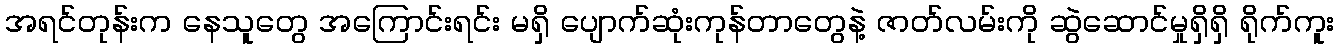
အရင်တုန်းက နေသူတွေ အကြောင်းရင်း မရှိ ပျောက်ဆုံးကုန်တာတွေနဲ့ ဇာတ်လမ်းကို ဆွဲဆောင်မှုရှိရှိ ရိုက်ကူး